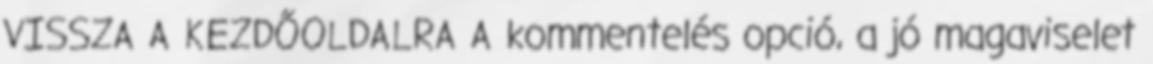
VISSZA A KEZDŐOLDALRA A kommentelés opció, a jó magaviselet